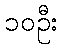
၁၀ဦး